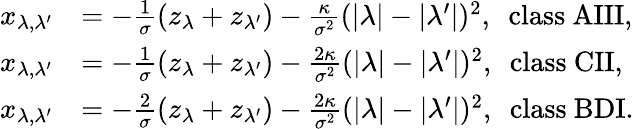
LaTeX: \begin{array}{rl}{x_{\lambda,\lambda^{\prime}}}&{=-\frac{1}{\sigma}(z_{\lambda}+z_{\lambda^{\prime}})-\frac{\kappa}{\sigma^{2}}(|\lambda|-|\lambda^{\prime}|)^{2},\ \ \mathrm{class~AIII},}\\ {x_{\lambda,\lambda^{\prime}}}&{=-\frac{1}{\sigma}(z_{\lambda}+z_{\lambda^{\prime}})-\frac{2\kappa}{\sigma^{2}}(|\lambda|-|\lambda^{\prime}|)^{2},\ \ \mathrm{class~CII},}\\ {x_{\lambda,\lambda^{\prime}}}&{=-\frac{2}{\sigma}(z_{\lambda}+z_{\lambda^{\prime}})-\frac{2\kappa}{\sigma^{2}}(|\lambda|-|\lambda^{\prime}|)^{2},\ \ \mathrm{class~BDI}.}\end{array}